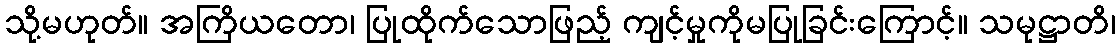
သို့မဟုတ်။ အကြိယတော၊ ပြုထိုက်သောဖြည့် ကျင့်မှုကိုမပြုခြင်းကြောင့်။ သမုဋ္ဌာတိ၊